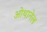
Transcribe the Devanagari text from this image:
ओथानेल